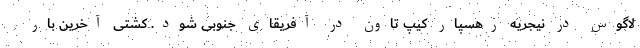
لاگوس در نیجریه رهسپار کیپ تاون در آفریقای جنوبی شود. کشتی آخرین بار